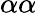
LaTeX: \alpha\alpha